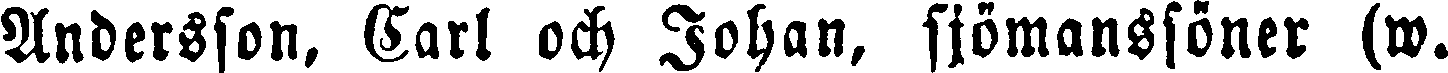
Andersson, Carl och Johan, sjömanssöner (w.